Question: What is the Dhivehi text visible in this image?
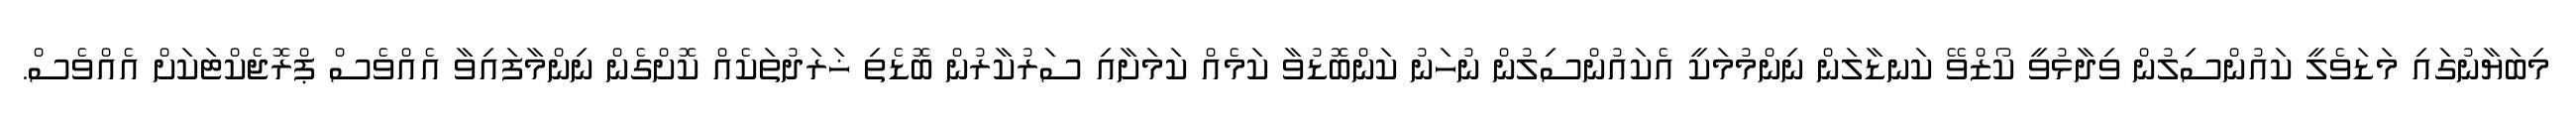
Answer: މިބަޔާނުގައި މަޑަވެލީ ކައުންސިލުން ވިދާޅުވީ ކޯޒްވޭ ކަނޑާލަން ނިންމުމަކީ އެކައުންސިލުން ނުހަނު ކަންބޮޑުވާ ކަމެއް ކަމަށާއި ސަރުކާރުން ބޮޑެތި ޚަރަދުތަކެއް ކޮށްގެން ނިންމާފައިވާ އެއްވެސް ޕްރޮޖެކްޓަކަށް އެއްވެސް.